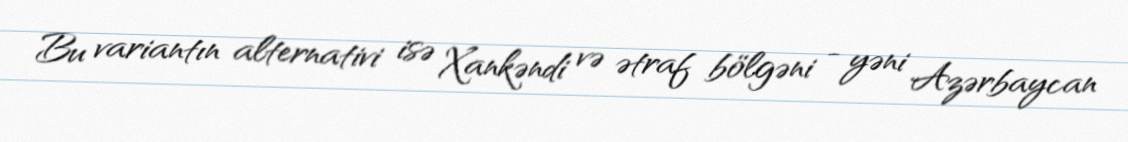
Bu variantın alternativi isə Xankəndi və ətraf bölgəni - yəni Azərbaycan